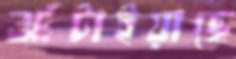
ঝাঁটাইয়াছে